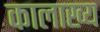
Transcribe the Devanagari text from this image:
कालाख्य